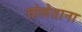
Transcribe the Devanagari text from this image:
तोलेताना